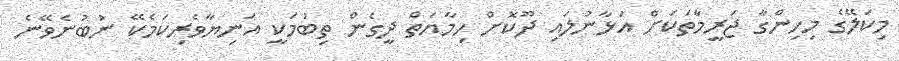
މިކަލޭގެ މިހިންގާ ޖަރީމާތަކަށް އަޅާނުލައި ދޫކޮށް ހިމާޔަތް ދީގެން ތިބުމަކީ އަނިޔާވެރިކަމެކޭ ނުބުނެވޭނެ